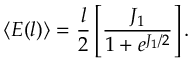
\langle E ( l ) \rangle = \frac { l } { 2 } \left[ \frac { J _ { 1 } } { 1 + e ^ { J _ { 1 } / 2 } } \right] .